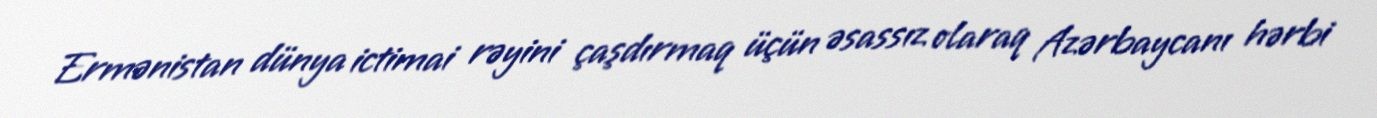
Ermənistan dünya ictimai rəyini çaşdırmaq üçün əsassız olaraq Azərbaycanı hərbi